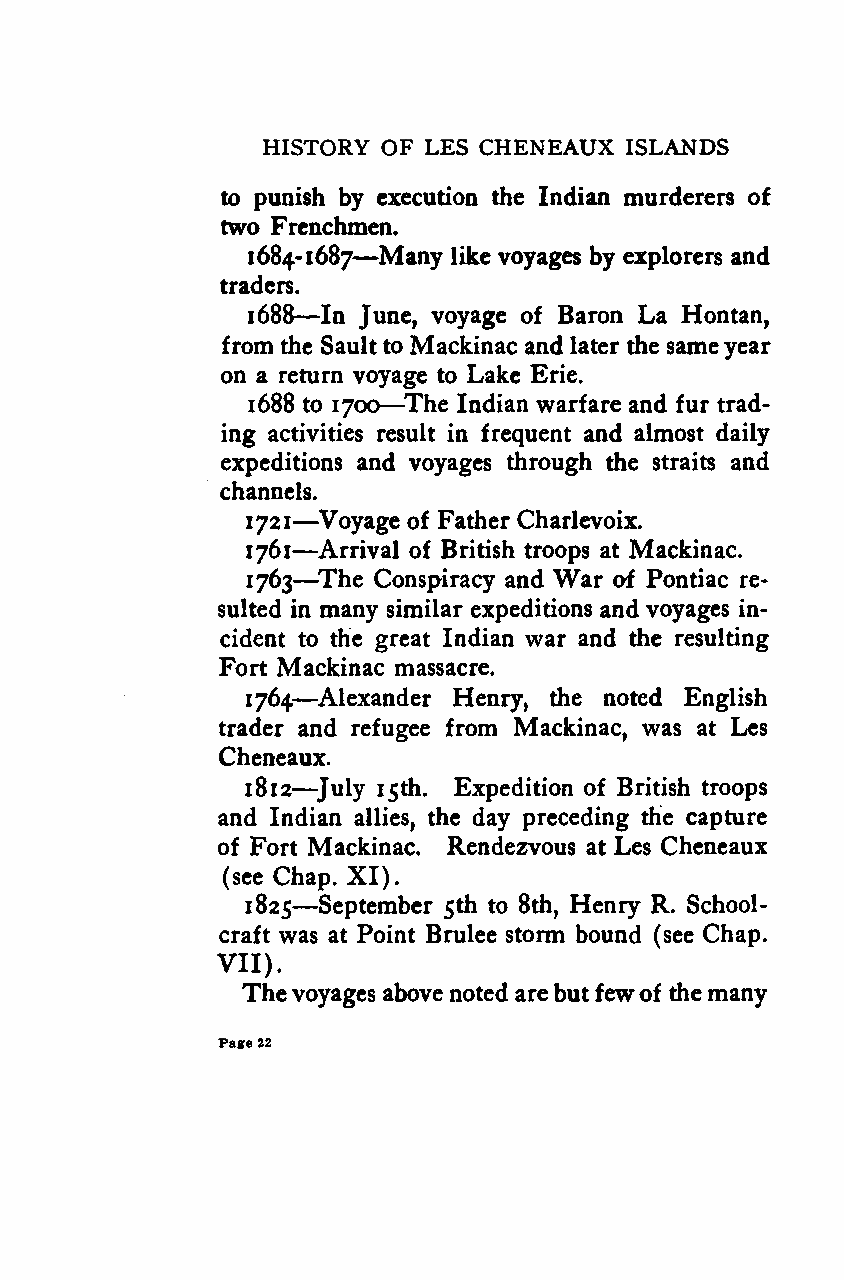
HISTORY OF LES CHENEAUX ISLANDS
 to punish by execution the Indian murderers of
 two Frenchmen.
 —
 1684-1687 Many like voyages by explorers and
 traders.
 —
 1688 In June, voyage of Baron La Hontan,
 from the Sault to Mackinac and later the sameyear
 on a return voyage to Lake Erie.
 —
 1688 to 1700 The Indian warfare and fur trad-
 ing activities result in frequent and almost daily
 expeditions and voyages through the straits and
 channels.
 —
 721 Voyage of Father Charlevoix.
 1  —
 1761 Arrival of British troops at Mackinac.
 —
 1763 The Conspiracy and War of Pontiac re-
 sulted in many similar expeditions and voyages in-
 cident to the great Indian war and the resulting
 Fort Mackinac massacre.
 —
 1764 Alexander Henry, the noted English
 trader and refugee from Mackinac, was at Les
 Cheneaux.
 —
 1812 July 15th. Expedition of British troops
 and Indian allies, the day preceding the capture
 of Fort Mackinac. Rendezvous at Les Cheneaux
 (see Chap. XI).
 —
 1825 September 5th to 8th, Henry R. School-
 craft was at Point Brulee storm bound (see Chap.
 VII).
 Thevoyages above noted are but fewof the many
 Page22
 Google
 Digitizedby